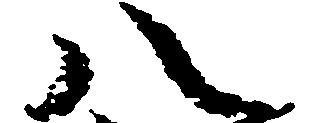
八